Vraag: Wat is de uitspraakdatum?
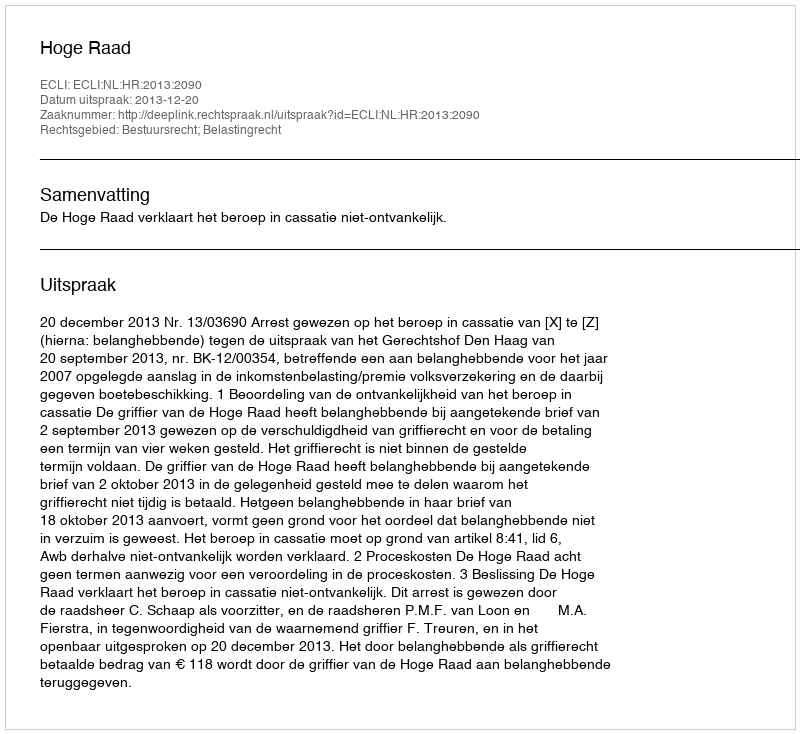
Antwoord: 2013-12-20